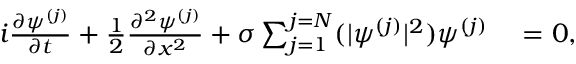
\begin{array} { r l } { i \frac { \partial \psi ^ { ( j ) } } { \partial t } + \frac { 1 } { 2 } \frac { \partial ^ { 2 } \psi ^ { ( j ) } } { \partial x ^ { 2 } } + \sigma \sum _ { j = 1 } ^ { j = N } ( | \psi ^ { ( j ) } | ^ { 2 } ) \psi ^ { ( j ) } } & { { } = 0 , } \end{array}